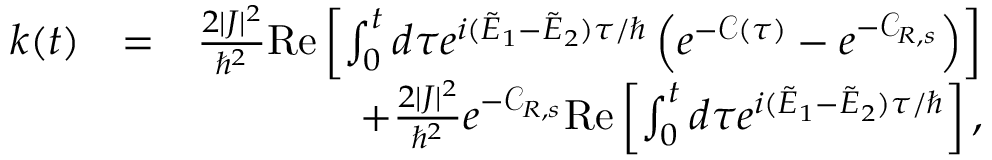
\begin{array} { r l r } { k ( t ) } & { = } & { \frac { 2 | J | ^ { 2 } } { \hbar ^ { 2 } } \mathrm { R e } \left[ \int _ { 0 } ^ { t } d \tau e ^ { i ( \tilde { E } _ { 1 } - \tilde { E } _ { 2 } ) \tau / \hbar } \left( e ^ { - { \mathcal C } ( \tau ) } - e ^ { - { \mathcal C } _ { R , s } } \right) \right] } \\ & { } & { + \frac { 2 | J | ^ { 2 } } { \hbar ^ { 2 } } e ^ { - { \mathcal C } _ { R , s } } \mathrm { R e } \left[ \int _ { 0 } ^ { t } d \tau e ^ { i ( \tilde { E } _ { 1 } - \tilde { E } _ { 2 } ) \tau / \hbar } \right] , } \end{array}